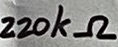
Text: 220kΩ